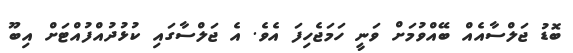
ބޮޑު ޖަލްސާއެއް ބޭއްވުމަށް ވަނީ ހަމަޖެހިފަ އެވެ. އެ ޖަލްސާގައި ކުޅުދުއްފުއްޓަށް އިބޫ